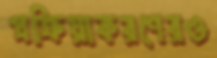
প্রক্রিয়াকরণেরও